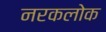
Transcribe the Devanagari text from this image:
नरकलोक